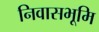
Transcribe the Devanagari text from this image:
निवासभूमि